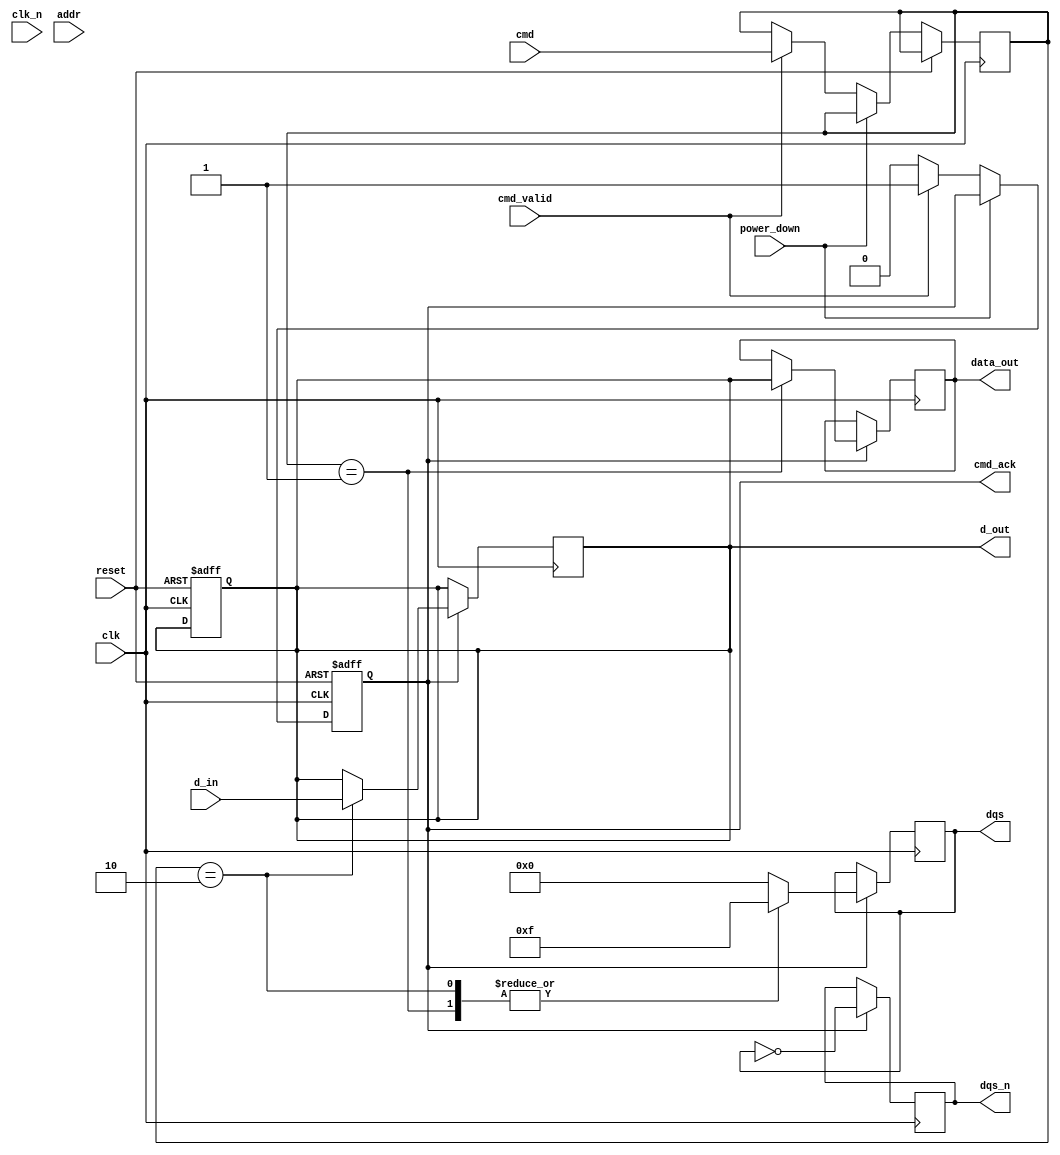
module gddr5x_io_block (
    input wire clk,               // System clock
    input wire clk_n,             // Inverted clock
    input wire [31:0] d_in,       // Data input
    output wire [31:0] d_out,     // Data output
    output wire [3:0] dqs,        // Data strobe signals
    output wire [3:0] dqs_n,      // Inverted data strobe signals
    input wire [15:0] addr,       // Address input
    input wire cmd_valid,          // Command valid signal
    input wire [3:0] cmd,         // Command signals (e.g., Read/Write)
    output reg cmd_ack,           // Command acknowledge signal
    output reg [31:0] data_out,   // Output data after reading
    input wire reset,              // Reset signal
    input wire power_down          // Power down signal
);

// Parameters
parameter DATA_RATE = 14;        // Data rate, configurable
parameter VOLTAGE_LEVEL = 1.35;  // I/O voltage level
parameter DQS_PHASE_ADJUST = 0;  // DQS phase alignment

// Internal signals
reg [31:0] internal_dq;
reg [3:0] internal_dqs;
reg [3:0] internal_dqs_n;
reg [15:0] internal_addr;
reg [3:0] internal_cmd;

// Initialization and Power Management
always @(posedge clk or posedge reset) begin
    if (reset) begin
        cmd_ack <= 0;
        internal_dq <= 32'b0;
    end else if (power_down) begin
        // Handle power down logic
    end else begin
        // Normal operation, acknowledge command
        if (cmd_valid) begin
            internal_cmd <= cmd;
            internal_addr <= addr;
            // Simulated read operation
            cmd_ack <= 1;
        end else begin
            cmd_ack <= 0;
        end
    end
end

// Data transfer timing and alignment
always @(posedge clk) begin
    if (cmd_ack) begin
        case (internal_cmd)
            4'b0001: begin // Read Command
                // Simulate data read from memory
                data_out <= internal_dq; // Assuming data read from some memory array
                internal_dqs <= 4'b1111;  // Enable DQS for valid data
                internal_dqs_n <= ~internal_dqs; // Generate complementary DQS signals
            end
            
            4'b0010: begin // Write Command
                internal_dq <= d_in; // Store data for transmission
                internal_dqs <= 4'b1111;  // Enable DQS for valid data
                internal_dqs_n <= ~internal_dqs; // Generate complementary DQS signals
            end
            
            default: begin
                internal_dqs <= 4'b0000;  // Disable DQS if not active
                internal_dqs_n <= ~internal_dqs;
            end
        endcase
    end
end

// Output assignment
assign d_out = internal_dq;
assign dqs = internal_dqs;
assign dqs_n = internal_dqs_n;

endmodule